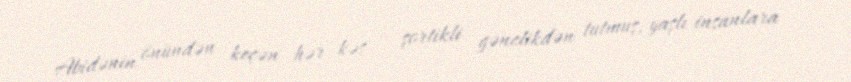
Abidənin önündən keçən hər kəs – şortikli gənclikdən tutmuş, yaşlı insanlara